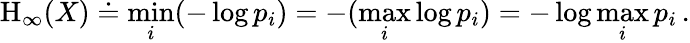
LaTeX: \mathrm{H}_{\infty}(X)\doteq\operatorname*{min}_{i}(-\log p_{i})=-(\operatorname*{max}_{i}\log p_{i})=-\log\operatorname*{max}_{i}p_{i}\, .